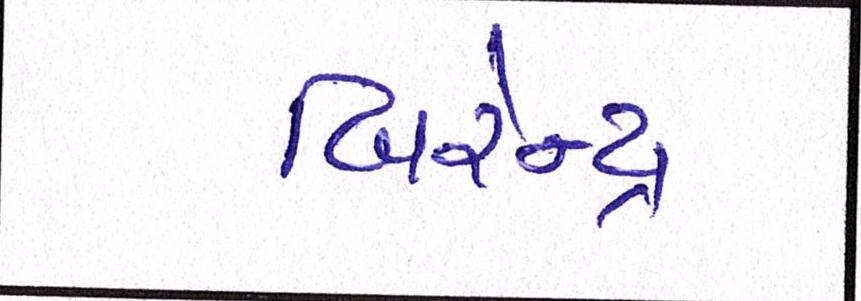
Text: બિરેન્દ્ર